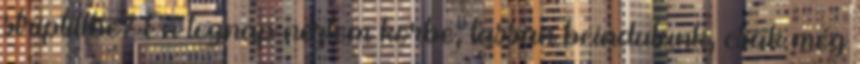
striptillbe? Én tegnap néztem körbe, lassan beindulunk, csak még